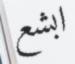
ابشع